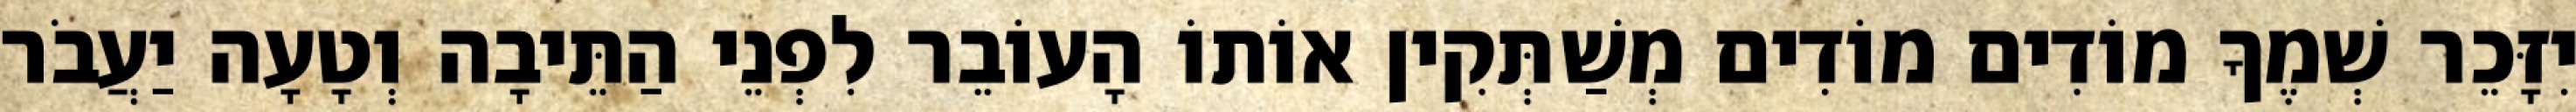
יִזָּכֵר שְׁמֶךָ מוֹדִים מוֹדִים מְשַׁתְּקִין אוֹתוֹ הָעוֹבֵר לִפְנֵי הַתֵּיבָה וְטָעָה יַעֲבֹר